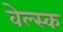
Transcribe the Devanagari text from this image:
वेल्स्क